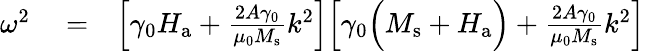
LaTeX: \begin{array}{rlr}{\omega^{2}}&{{}=}&{\Big[\gamma_{0}H_{\mathrm{a}}+\frac{2A\gamma_{0}}{\mu_{0}M_{\mathrm{s}}}k^{2}\Big]\Big[\gamma_{0}\Big(M_{\mathrm{s}}+H_{\mathrm{a}}\Big)+\frac{2A\gamma_{0}}{\mu_{0}M_{\mathrm{s}}}k^{2}\Big]}\end{array}